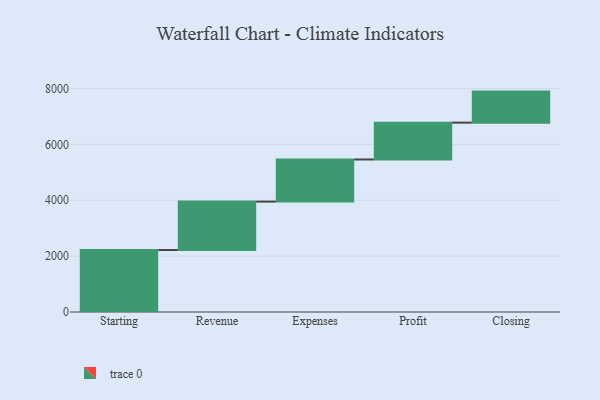
{"axis": {"x": "Step", "y": "Value"}, "legend": [""], "data": [{"x": "Starting", "y": 2219.0, "type": ""}, {"x": "Revenue", "y": 1734.0, "type": ""}, {"x": "Expenses", "y": 1508.0, "type": ""}, {"x": "Profit", "y": 1320.0, "type": ""}, {"x": "Closing", "y": 1111.0, "type": ""}]}